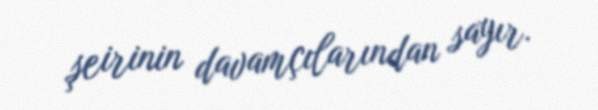
şeirinin davamçılarından sayır.